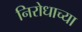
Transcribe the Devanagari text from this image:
निरोधाच्या